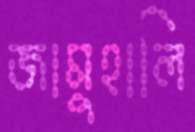
জামুহালি